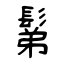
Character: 鬀